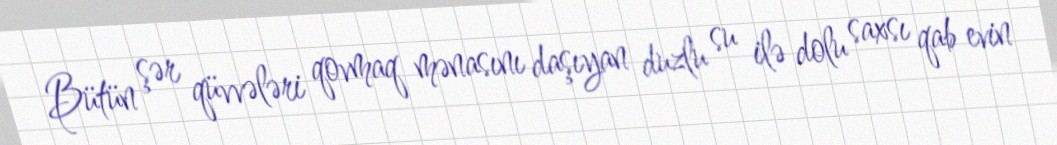
Bütün şər qüvvələri qovmaq mənasını daşıyan duzlu su ilə dolu saxsı qab evin